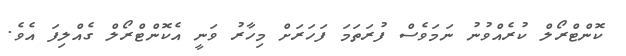
ކޮންޓްރޯލް ކުރެއްވުނު ނަމަވެސް ފުރަތަމަ ފަހަރަށް މިހާރު ވަނީ އެކޮންޓްރޯލް ގެއްލިފަ އެވެ.